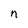
Character: n